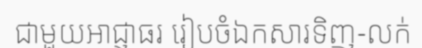
ជាមួយអាជ្ញាធរ រៀបចំឯកសារទិញ-លក់